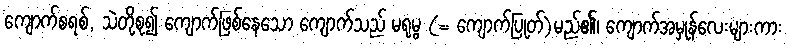
ကျောက်စရစ်, သဲတို့စု၍ ကျောက်ဖြစ်နေသော ကျောက်သည် မရုမ္ဗ (= ကျောက်ပြုတ်)မည်၏၊ ကျောက်အမှုန်လေးများကား